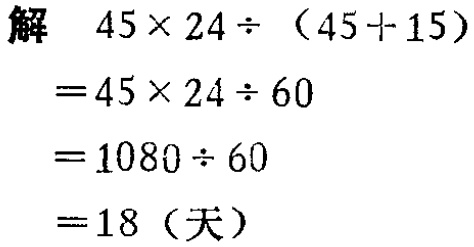
解
\[
\begin{align*}
&45\times24\div(45 + 15)\\
=&45\times24\div60\\
=&1080\div60\\
=&18(\text{天})
\end{align*}
\]